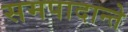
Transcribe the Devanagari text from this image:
समपादान्ते